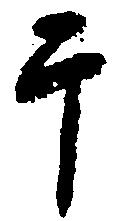
于